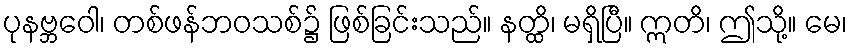
ပုနဗ္ဘဝေါ၊ တစ်ဖန်ဘဝသစ်၌ ဖြစ်ခြင်းသည်။ နတ္ထိ၊ မရှိပြီ။ ဣတိ၊ ဤသို့။ မေ၊